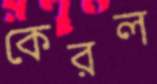
কেরল